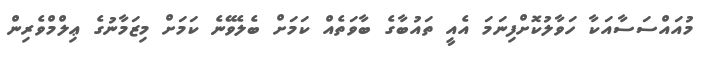
މުއައްސަސާއަކާ ހަވާލުކޮށްފިނަމަ އެއީ ތައުބާގެ ބާވަތެއް ކަަމަށް ބެލެވޭނެ ކަަމަށް މިޒަމާނުގެ ޢިލްމްވެރިން